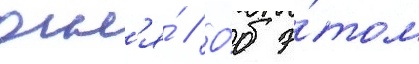
огн'я́ // О́б э́том